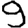
Digit: 9